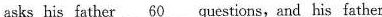
asks his father \underline{60} questions,and his father